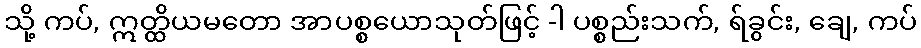
သို့ ကပ်, ဣတ္ထိယမတော အာပစ္စယောသုတ်ဖြင့် -ါ ပစ္စည်းသက်, ရ်ခွင်း, ချေ, ကပ်